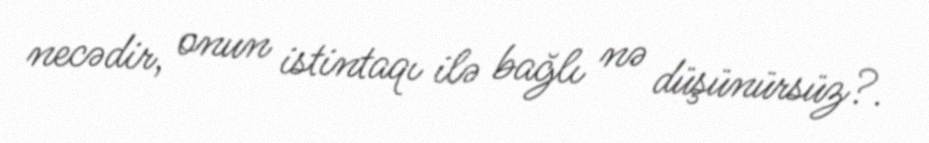
necədir, onun istintaqı ilə bağlı nə düşünürsüz?.